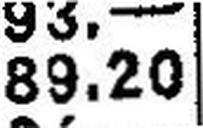
89.20